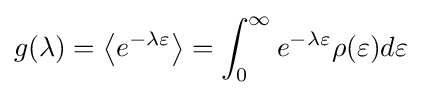
g(\lambda )=\left\langle e^{-\lambda \varepsilon }\right\rangle =\int _{0}^{\infty }e^{-\lambda \varepsilon }\rho (\varepsilon )d\varepsilon